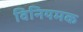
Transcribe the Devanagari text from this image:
विनियमक